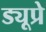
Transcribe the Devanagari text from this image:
ड्यूप्रे